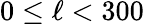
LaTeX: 0\leq\ell<300